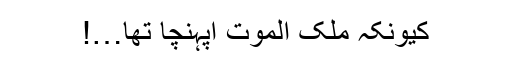
کیونکہ ملک الموت آپہنچا تھا…!